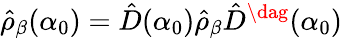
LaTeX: \hat{\rho}_{\beta}(\alpha_{0})=\hat{D}(\alpha_{0})\hat{\rho}_{\beta}\hat{D}^{\dag}(\alpha_{0})